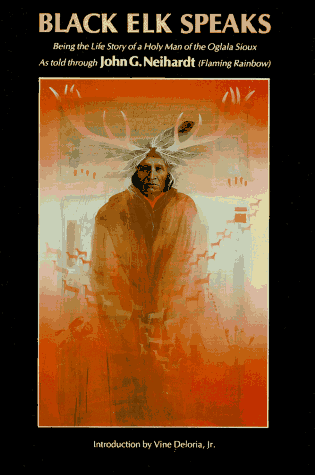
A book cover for Black Elk Speaks: Being the Life Story of a Holy Man of the Oglala Sioux; John G. Neihardt; Biographies & Memoirs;